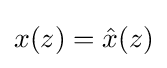
x(z)={\hat {x}}(z)